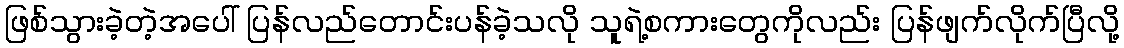
ဖြစ်သွားခဲ့တဲ့အပေါ် ပြန်လည်တောင်းပန်ခဲ့သလို သူရဲ့စကားတွေကိုလည်း ပြန်ဖျက်လိုက်ပြီလို့